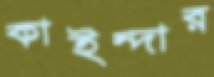
কাইন্দার